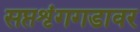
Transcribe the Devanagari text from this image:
सप्तशृंगगडावर